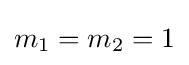
m_{1}=m_{2}=1